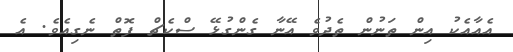
އެއާއެކު އިން ތަނުން ތެދުވެ އޭނާ ގެންގުޅޭ ސްކެޗް ފޮތް ނެގިއެވެ. އެ